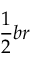
{ \frac { 1 } { 2 } } b r